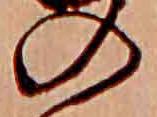
の